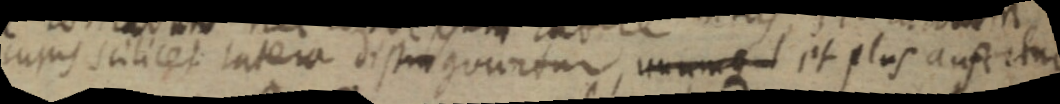
cujus scilicet intera distinguuntur, unumque et plus aufertur